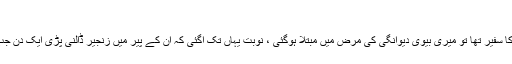
(۳)
ایک شخص نے بیان کیا کہ میں جب عراق میں ایران کا سفیر تھا تو میری بیوی دیوانگی کی مرض میں مبتلا ہوگئی ، نوبت یہاں تک آگئی کہ ان کے پیر میں زنجیر ڈالنی پڑی ایک دن جب سفارت خانے سے لوٹا تو ان کا بہت برا حال دیکھا ۔